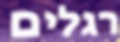
רגלים